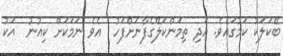
ބޭކަލަކު ކަމުގައެވެ. އަދި ތިމަންކަލޭގެފާނަށްފަހު  އެވެ ނަމަކަށް ކިއުނު  އަކު